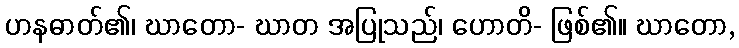
ဟနဓာတ်၏၊ ဃာတော- ဃာတ အပြုသည်၊ ဟောတိ- ဖြစ်၏။ ဃာတော,